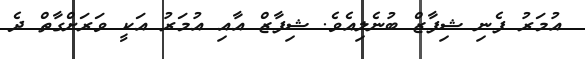
އުމަރު ފެނި ޝިފާޒް ބުނެލިއެވެ. ޝިފާޒް އާއި އުމަރު އަކީ ވަރަށްގާތް ދެ